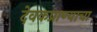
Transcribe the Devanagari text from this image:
देवकप्राण्याचा